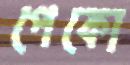
পেকো